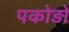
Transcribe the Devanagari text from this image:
पकोड़ों